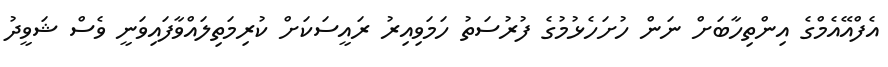
އެފްއޭއެމްގެ އިންތިހާބަށް ނަން ހުށަހެޅުމުގެ ފުރުސަތު ހަމަވިއިރު ރައީސަކަށް ކުރިމަތިލައްވާފައިވަނީ ވެސް ޝަވީދު